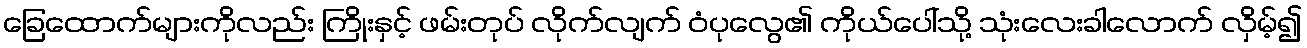
ခြေထောက်များကိုလည်း ကြိုးနှင့် ဖမ်းတုပ် လိုက်လျက် ဝံပုလွေ၏ ကိုယ်ပေါ်သို့ သုံးလေးခါလောက် လှိမ့်၍